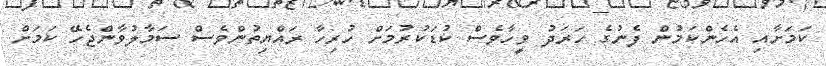
ކަމަށާއި އެހެންކަމުން ފެނުގެ ހަރަދު ވީހާވެސް ކުޑަކުރުމަށް ހުރިހާ ރައްޔިތުންވެސް ސަމާލުވާންޖެހޭ ކަމަށް